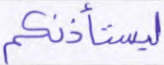
ليستأذنكم